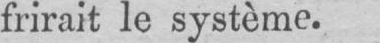
frirait le système.